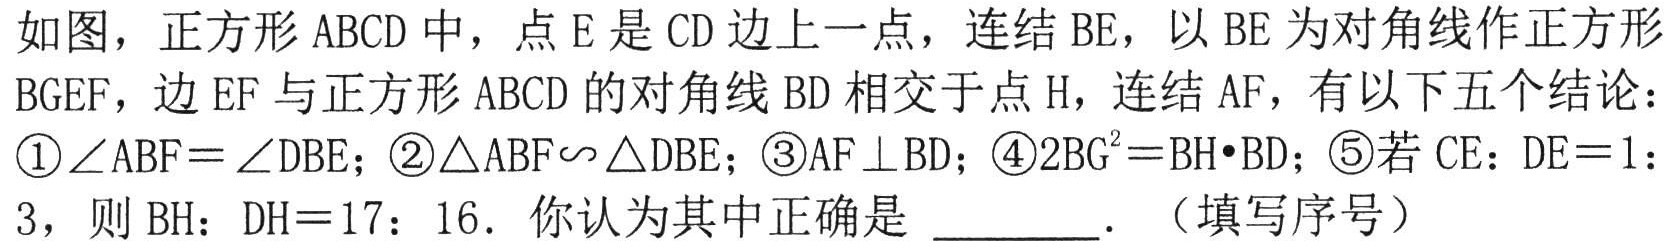
如图，正方形ABCD中，点E是CD边上一点，连结BE，以BE为对角线作正方形BGEF，边EF与正方形ABCD的对角线BD相交于点H，连结AF，有以下五个结论：
\textcircled{1}\(\angle ABF = \angle DBE\)；\textcircled{2}\(\triangle ABF\sim\triangle DBE\)；\textcircled{3}\(AF\perp BD\)；\textcircled{4}\(2BG^{2}=BH\cdot BD\)；\textcircled{5}若\(CE:DE = 1:3\)，则\(BH:DH = 17:16\)．你认为其中正确是 ________．（填写序号）